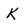
Character: K